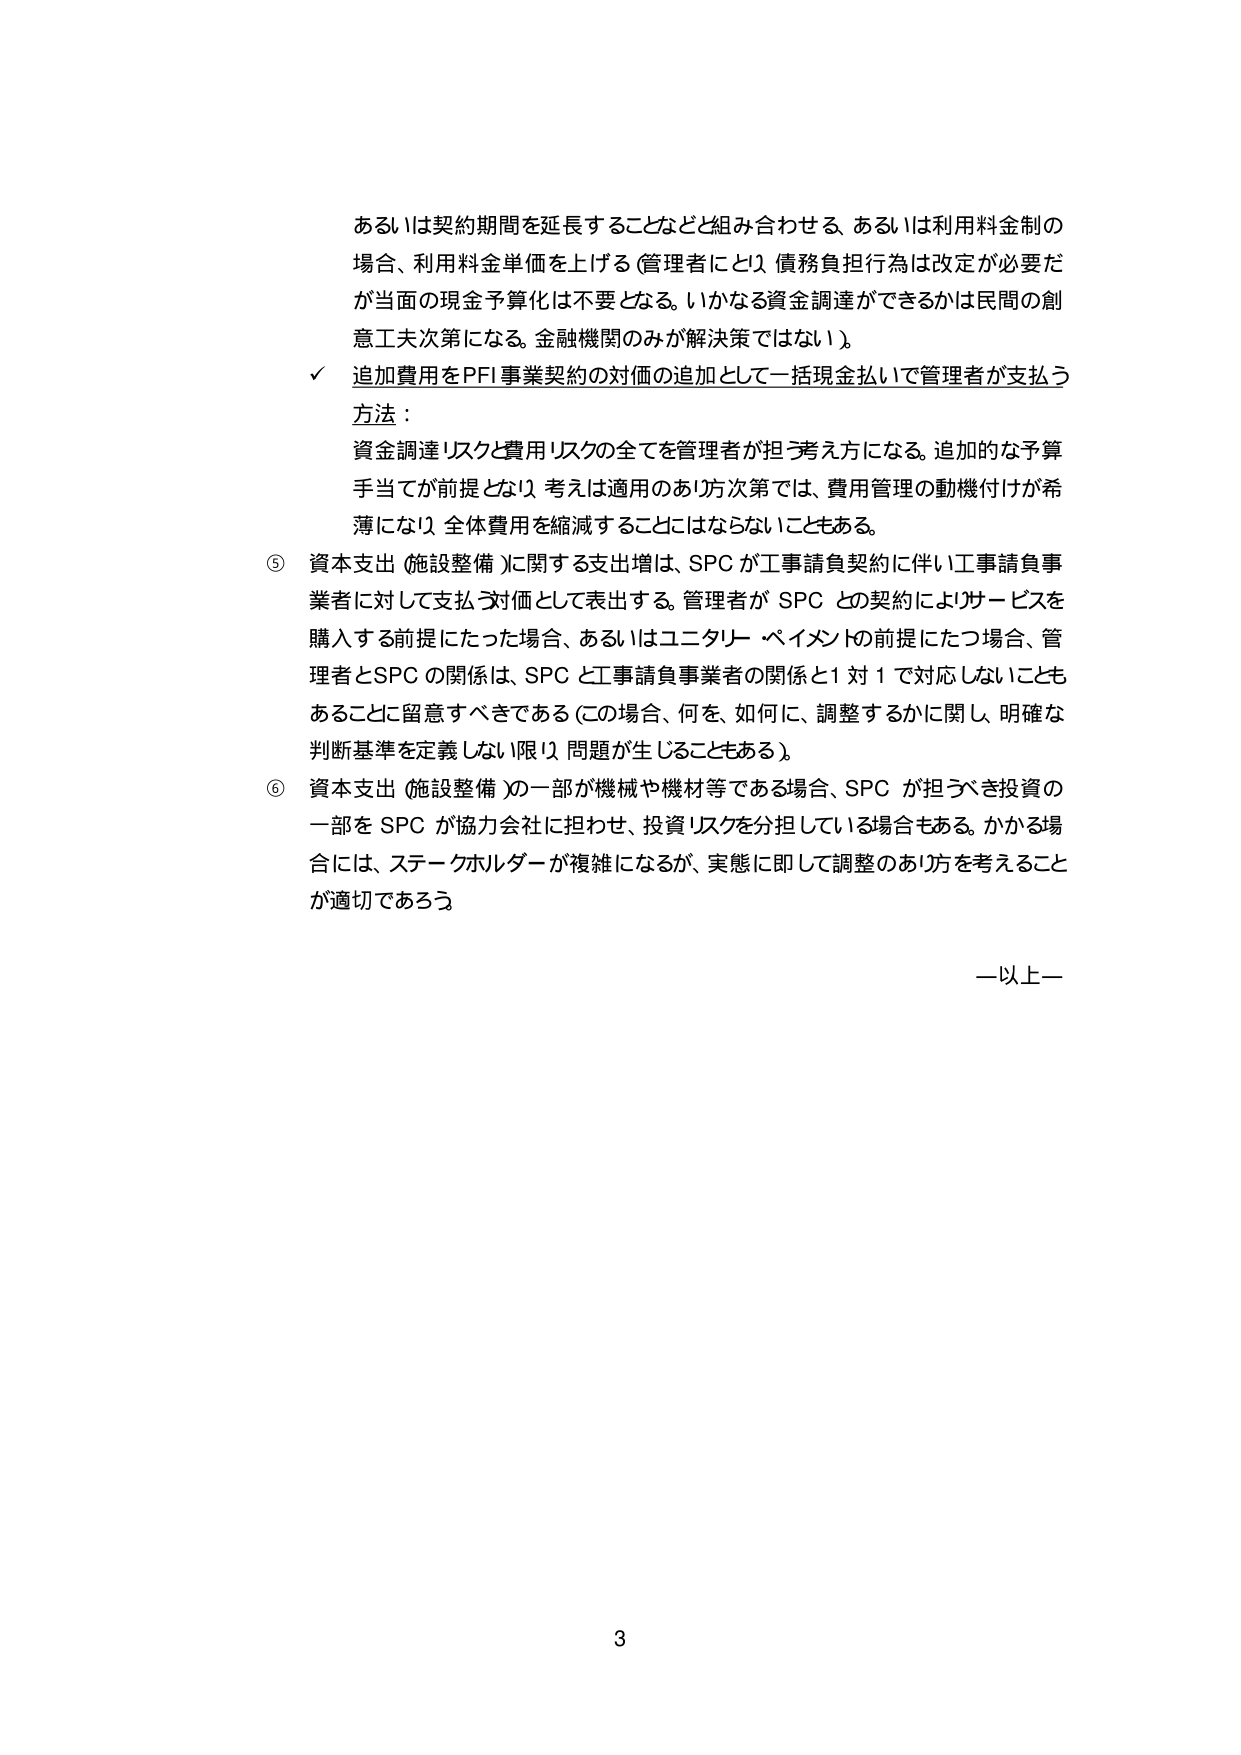
あるいは契約期間を延長することなどと組み合わせる、あるいは利用料金制の場合、利用料金単価を上げる（管理者にとり、債務負担行為は改定が必要だが当面の現金予算化は不要となる。いかなる資金調達ができるかは民間の創意工夫次第になる。金融機関のみが解決策ではない。）。

✓ 追加費用をPFI事業契約の対価の追加として一括現金払いにて管理者が支払う方法：

資金調達リスクと費用リスクの全てを管理者が担う考え方になる。追加的な予算手当てが前提となり、考えは適用のあり方次第では、費用管理の動機付けが希薄になり、全体費用を縮減することにはならないこともある。

⑤ 資本支出（施設整備）に関する支出増は、SPCが工事請負契約に伴い工事請負事業者に対して支払う対価として表出する。管理者がSPCとの契約によりサービスを購入する前提にたった場合、あるいはユニタリーペイメントの前提にたつ場合、管理者とSPCの関係は、SPCと工事請負事業者の関係と1対1で対応しないこともあることに留意すべきである（この場合、何を、如何に、調整するかに関し、明確な判断基準を定義しない限り、問題が生じることもある）。

⑥ 資本支出（施設整備）の一部が機械や機材等である場合、SPCが担うべき投資の一部をSPCが協力会社に担わせ、投資リスクを分担している場合もある。かかる場合には、ステークホルダーが複雑になるが、実態に即して調整のあり方を考えることが適切であろう。

—以上—

3